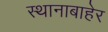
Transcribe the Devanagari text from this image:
स्थानाबाहेर